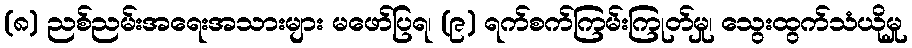
(၈) ညစ်ညမ်းအရေးအသားများ မဖော်ပြရ၊ (၉) ရက်စက်ကြမ်းကြုတ်မှု၊ သွေးထွက်သံယိုမှု